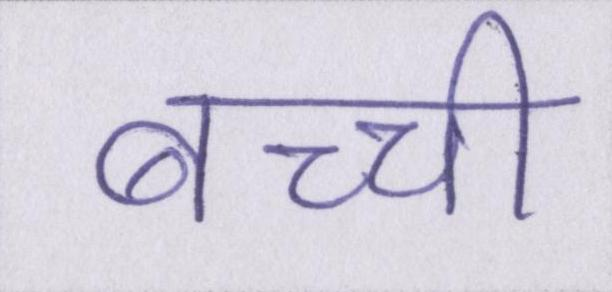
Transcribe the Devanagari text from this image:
बच्ची